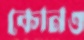
কোনও